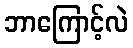
ဘာကြောင့်လဲ